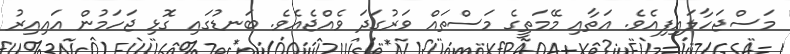
މަސްޖަހާލައިފިއެވެ. އަތާއި މޭމަތީގެ މަސްތައް ވަރުގަދަ ވެއްޖެއެވެ. ބަނޑުގައި ގޮޅި ޖަހަމުން އައިއިރު